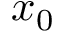
x _ { 0 }